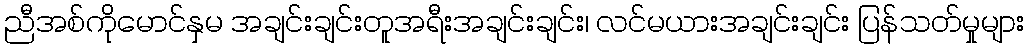
ညီအစ်ကိုမောင်နှမ အချင်းချင်းတူအရီးအချင်းချင်း၊ လင်မယားအချင်းချင်း ပြန်သတ်မှုများ